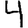
Digit: 4